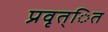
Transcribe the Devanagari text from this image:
प्रवृत्ित